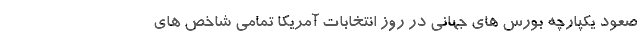
صعود یکپارچه بورس های جهانی در روز انتخابات آمریکا تمامی شاخص های